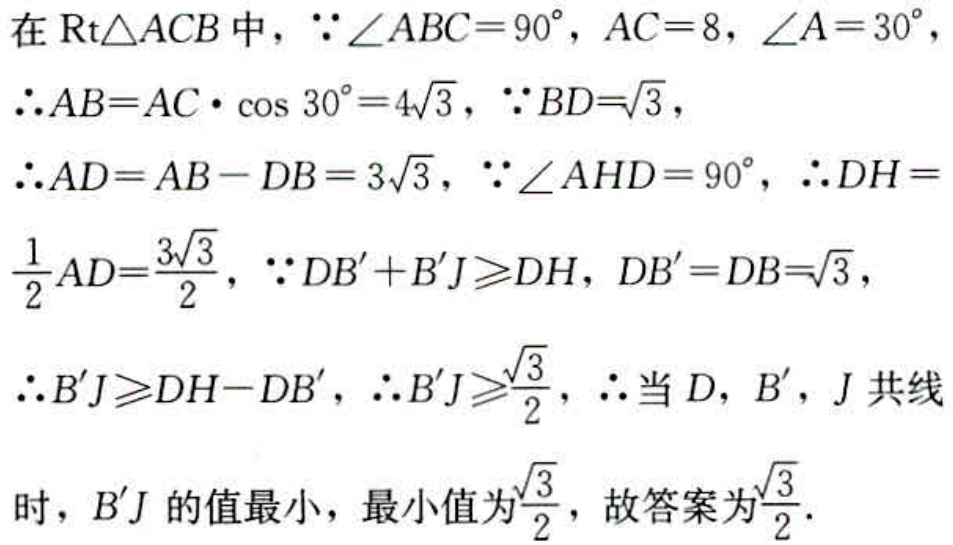
在$\text{Rt}\triangle ACB$中，$\because\angle ABC = 90^{\circ}$，$AC = 8$，$\angle A = 30^{\circ}$，
$\therefore AB=AC\cdot\cos 30^{\circ}=4\sqrt{3}$，$\because BD = \sqrt{3}$，
$\therefore AD = AB - DB = 3\sqrt{3}$，$\because\angle AHD = 90^{\circ}$，$\therefore DH = \frac{1}{2}AD=\frac{3\sqrt{3}}{2}$，$\because DB'+B'J\geqslant DH$，$DB' = DB=\sqrt{3}$，
$\therefore B'J\geqslant DH - DB'$，$\therefore B'J\geqslant\frac{\sqrt{3}}{2}$，$\therefore$当$D$，$B'$，$J$共线
时，$B'J$的值最小，最小值为$\frac{\sqrt{3}}{2}$，故答案为$\frac{\sqrt{3}}{2}$.